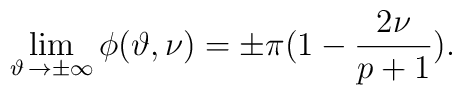
\lim _{\vartheta \, \rightarrow \pm \infty }\phi (\vartheta ,\nu )=\pm \pi (1-\displaystyle\frac{2\nu }{p+1}).